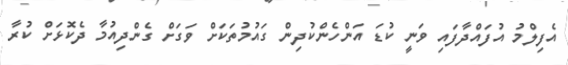
އެފިލްމު އުފައްދާފައި ވަނީ ކުޑަ އަންހެންކުދިން ގައުމުތަކަށް ވަގަށް ގެންދިއުމާ ދެކޮޅަށް ކުރާ